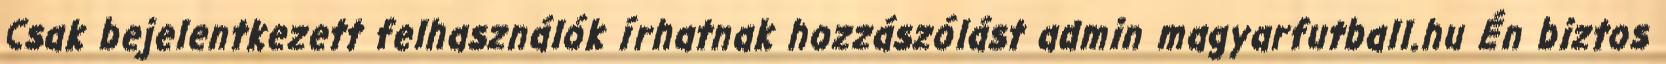
Csak bejelentkezett felhasználók írhatnak hozzászólást admin magyarfutball.hu Én biztos